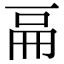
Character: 𠀷